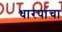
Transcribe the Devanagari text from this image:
धारपांचा